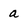
Character: a